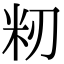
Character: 籾